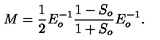
M = \frac { 1 } { 2 } E _ { o } ^ { - 1 } \frac { 1 - S _ { o } } { 1 + S _ { o } } E _ { o } ^ { - 1 } .